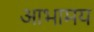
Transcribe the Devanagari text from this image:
आभामय